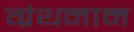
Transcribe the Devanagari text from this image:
ग्रंथनाम